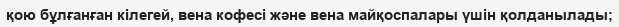
қою бұлғанған кілегей, вена кофесі және вена майқоспалары үшін қолданылады;